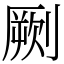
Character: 劂